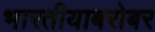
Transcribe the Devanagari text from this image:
भारतीयाबरोबर